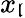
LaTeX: x_{\mathfrak{l}}